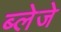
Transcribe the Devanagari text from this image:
ब्लेजे